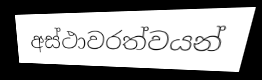
අස්ථාවරත්වයන්